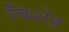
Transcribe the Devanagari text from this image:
विशेह